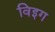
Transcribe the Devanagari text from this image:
विइग